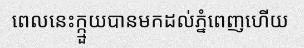
ពេលនេះក្ក្មួយបានមកដល់ភ្នំពេញហើយ